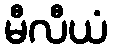
မီလီယံ